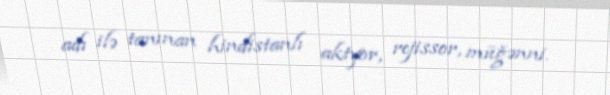
adı ilə tanınan hindistanlı aktyor, rejissor, müğənni.